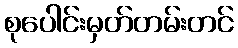
စုပေါင်းမှတ်တမ်းတင်